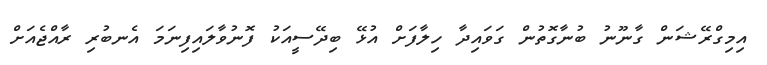
އިމިގްރޭޝަން ގާނޫނު ބުނާގޮތުން ގަވައިދާ ހިލާފަށް އުޅޭ ބިދޭސީއަކު ފޮނުވާލައިފިނަމަ އެނބުރި ރާއްޖެއަށް